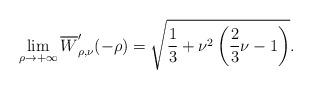
LaTeX: \begin{align*}\lim_{\rho\to+\infty}\overline{W}'_{\rho,\nu}(-\rho) = \sqrt{\frac13 + \nu^2 \left(\frac23 \nu - 1\right)}.\end{align*}